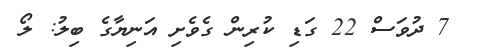
7 ދުވަސް 22 ގަޑި ކުރިން ގެވެށި އަނިޔާގެ ބިލު: ލޯ